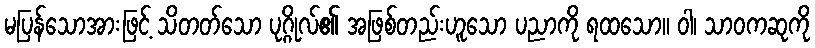
မပြန်သောအားဖြင့် သိတတ်သော ပုဂ္ဂိုလ်၏ အဖြစ်တည်းဟူသော ပညာကို ရထသော။ ဝါ၊ သာဝကဆုကို